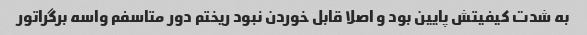
به شدت کیفیتش پایین بود و اصلا قابل خوردن نبود ریختم دور متاسفم واسه برگراتور